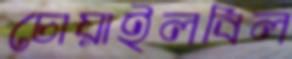
চোয়াইলবিল